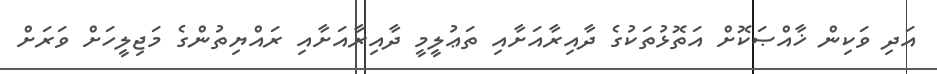
އަދި ވަކިން ޚާއްޞަކޮށް އަތޮޅުތަކުގެ ދާއިރާއަށާއި ތަޢުލީމީ ދާއިރާއަށާއި ރައްޔިތުންގެ މަޖިލީހަށް ވަރަށް